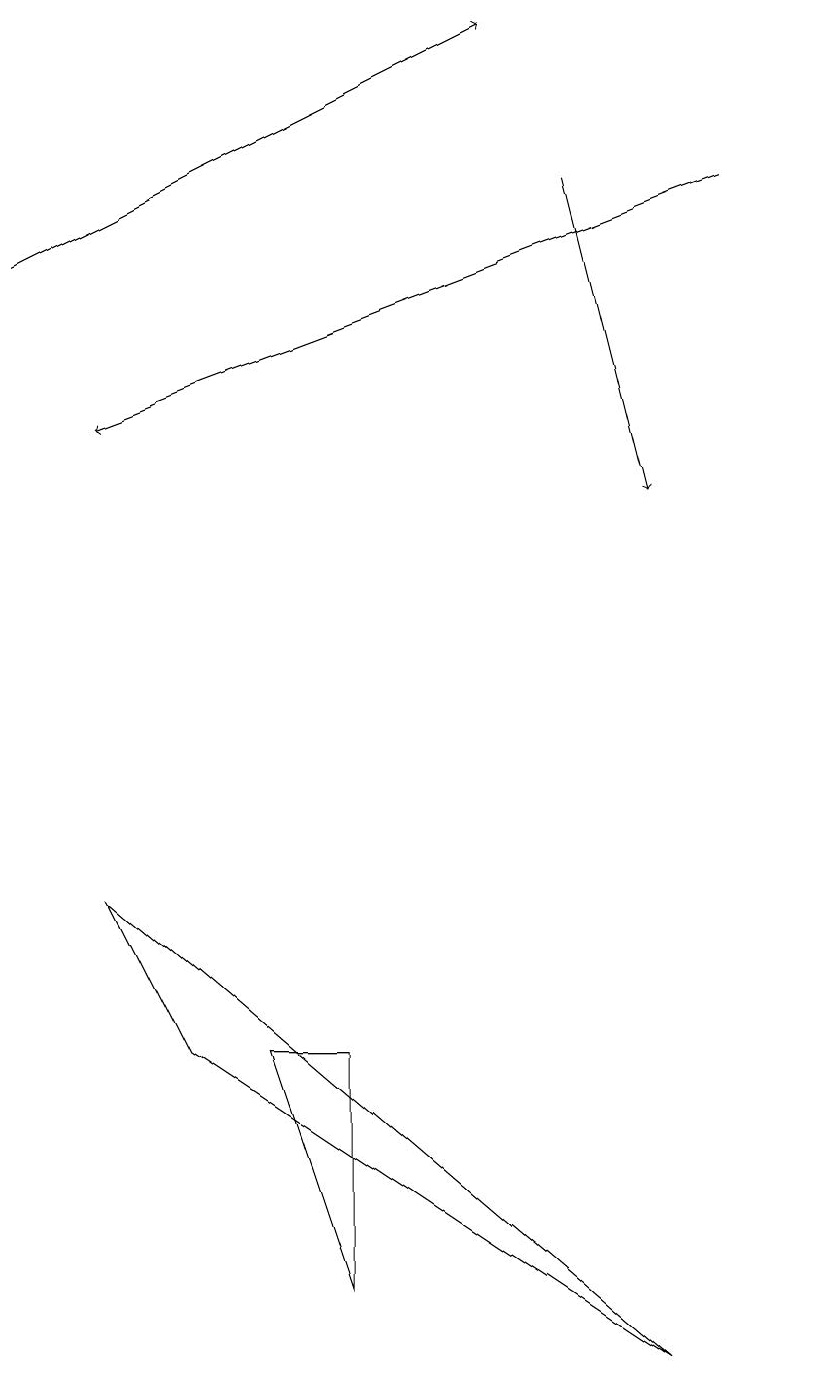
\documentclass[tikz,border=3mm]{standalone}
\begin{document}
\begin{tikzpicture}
\draw[->] (9,16) -- (1,13);
\draw (10,11) circle (0);
\draw (4,5) -- (3,5) -- (4,2) -- cycle;
\draw[->] (7,16) -- (8,12);
\draw (8,1) -- (1,7) -- (2,5) -- cycle;
\draw[->] (0,15) -- (6,18);
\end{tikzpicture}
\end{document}